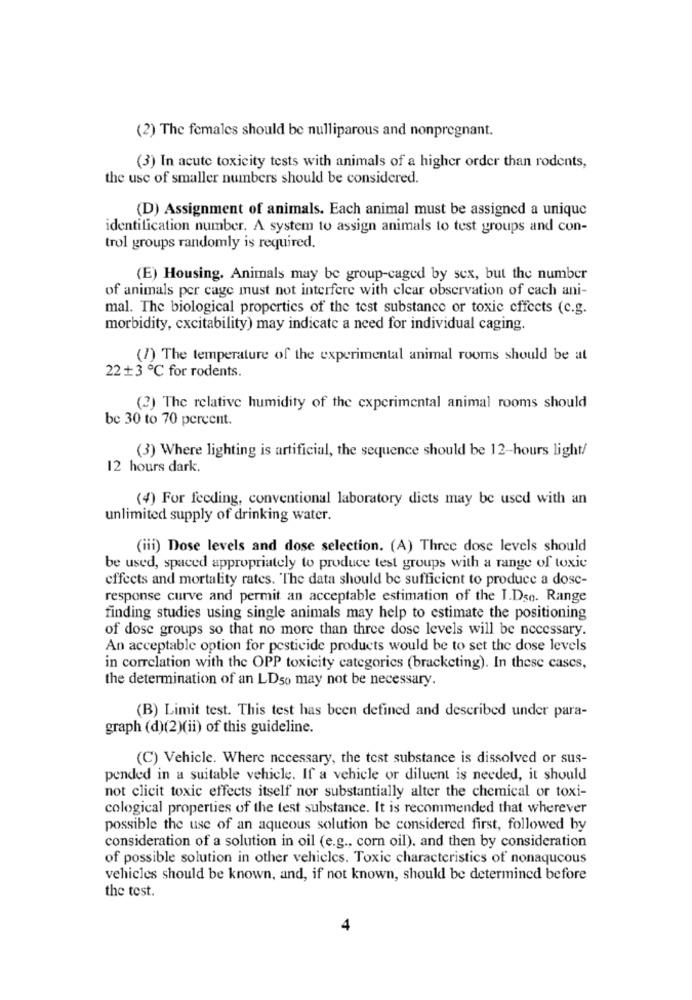
(2) The females should be nulliparous and nonpregnant.
(3) In acute toxicity tests with animals of a higher order than rodents,
the use of smaller numbers should be considered.
(D) Assignment of animals. Each animal must be assigned a unique
identification number. A system to assign animals to test groups and con-
trol groups randomly is required.
(E) Housing. Animals may be group-caged by sex, but the number
of animals per cage must not interfere with clear observation of cach ani-
mal. The biological properties of the test substance or toxic effects (c.g.
morbidity, cxcitability) may indicate a need for individual caging.
(7) The temperature of the experimental animal rooms should be at
22 + 3 ℃ for rodents.
(2) The relative humidity of the experimental animal rooms should
be 30 to 70 percent.
(3) Where lighting is artificial, the sequence should be 12-hours light/
12 hours dark.
(4) For feeding, conventional laboratory dicts may be used with an
unlimited supply of drinking water.
(iii) Dose levels and dose selection. (A) Three dose levels should
be used, spaced appropriately to produce test groups with a range of toxic
effects and mortality rates. The data should be sufficient to produce a dosc-
response curve and permit an acceptable estimation of the I.Dso. Range
finding studies using single animals may help to estimate the positioning
of dose groups so that no more than three dose levels will be necessary.
An acceptable option for pesticide products would be to set the dose levels
in correlation with the OPP toxicity categories (bracketing). In these cases,
the determination of an LDso may not be necessary.
(B) Limit test. This test has been defined and described under para-
graph (d)(2)(ii) of this guideline.
(C) Vehicle. Where necessary, the test substance is dissolved or sus-
pended in a suitable vehicle. If a vehicle or diluent is needed, it should
not clicit toxic effects itself nor substantially alter the chemical or toxi-
cological properties of the test substance. It is recommended that wherever
possible the use of an aqueous solution be considered first, followed by
consideration of a solution in oil (e.g ., corn oil). and then by consideration
of possible solution in other vehicles. Toxic characteristics of nonaqueous
vehicles should be known, and, if not known, should be determined before
the test.
4